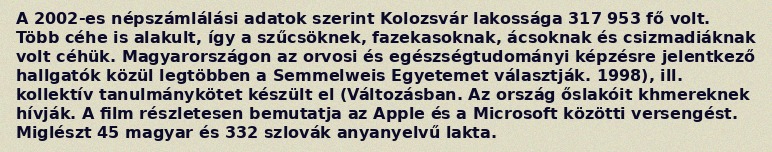
A 2002-es népszámlálási adatok szerint Kolozsvár lakossága 317 953 fő volt. Több céhe is alakult, így a szűcsöknek, fazekasoknak, ácsoknak és csizmadiáknak volt céhük. Magyarországon az orvosi és egészségtudományi képzésre jelentkező hallgatók közül legtöbben a Semmelweis Egyetemet választják. 1998), ill. kollektív tanulmánykötet készült el (Változásban. Az ország őslakóit khmereknek hívják. A film részletesen bemutatja az Apple és a Microsoft közötti versengést. Miglészt 45 magyar és 332 szlovák anyanyelvű lakta.